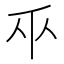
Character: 𫡑